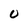
Character: U